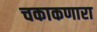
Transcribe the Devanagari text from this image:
चकाकणारा